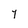
Character: Y